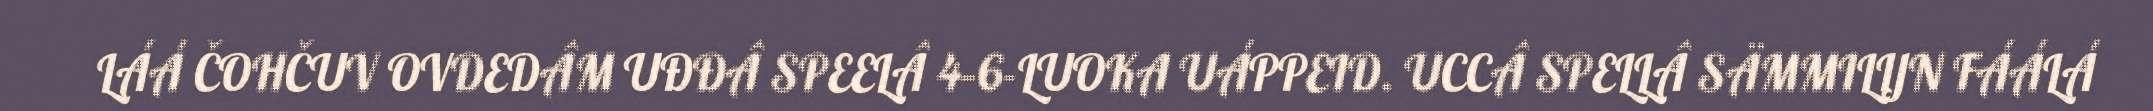
LÁÁ ČOHČUV OVDEDÂM UĐĐÂ SPEELÂ 4–6-LUOKA UÁPPEID. UCCÂ SPELLÂ SÄMMILIJN FÁÁLÁ